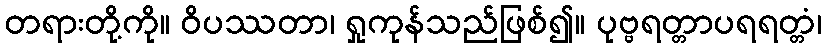
တရားတို့ကို။ ဝိပဿတာ၊ ရှုကုန်သည်ဖြစ်၍။ ပုဗ္ဗရတ္တာပရရတ္တံ၊